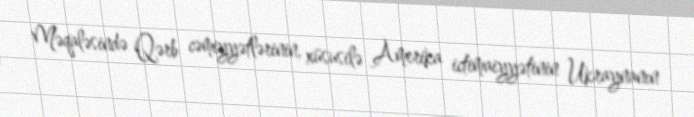
Məqaləsində Qərb cəmiyyətlərinin, xüsusilə Amerika ictimaiyyətinin Ukraynanın